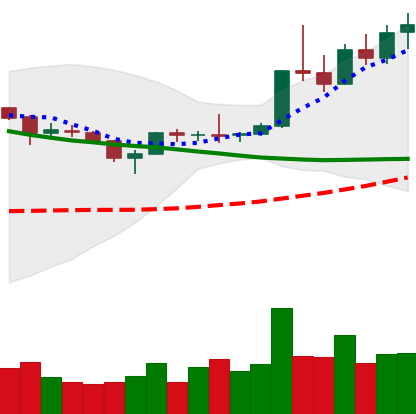
Ticker: XLM-USD
Chart end date: 2019-04-08
Forward return: -12.196%
Label: down_7plus